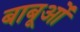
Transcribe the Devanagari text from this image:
बाबूओं